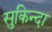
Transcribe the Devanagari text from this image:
सुकिन्दा